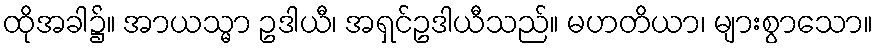
ထိုအခါ၌။ အာယသ္မာ ဥဒါယီ၊ အရှင်ဥဒါယီသည်။ မဟတိယာ၊ များစွာသော။